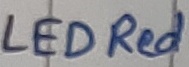
Text: LED Red